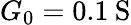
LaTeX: G_{0}=0.1\: \mathrm{S}